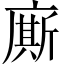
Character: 廝